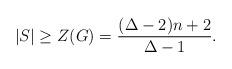
LaTeX: \begin{align*}|S|\geq Z(G)=\frac{(\Delta-2)n+2} {\Delta -1}.\end{align*}